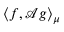
\langle f , \mathcal { A } g \rangle _ { \mu }